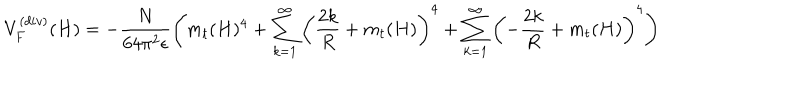
LaTeX: V _ { F } ^ { ( d i v ) } ( H ) = - \frac { N } { 6 4 \pi ^ { 2 } \epsilon } \left( m _ { t } ( H ) ^ { 4 } + \sum _ { k = 1 } ^ { \infty } \left( \frac { 2 k } { R } + m _ { t } ( H ) \right) ^ { 4 } + \sum _ { k = 1 } ^ { \infty } \left( - \frac { 2 k } { R } + m _ { t } ( H ) \right) ^ { 4 } \right)